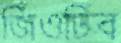
জিঁওঢিব